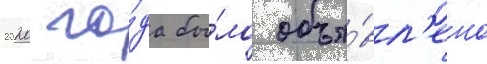
2020 го́да бы́ло объя́вл'ено